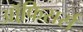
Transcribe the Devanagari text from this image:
ऑफि़सर्स